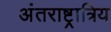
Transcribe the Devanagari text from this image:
अंतराष्ट्रात्रिय